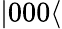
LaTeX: |000\langle